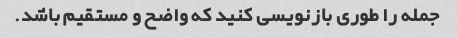
جمله را طوری بازنویسی کنید که واضح و مستقیم باشد.